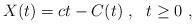
LaTeX: \begin{align*}X(t)=ct-C(t)~,~~t\geq 0~,\end{align*}